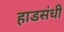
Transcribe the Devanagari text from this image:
हाडसंधी